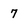
Character: 7